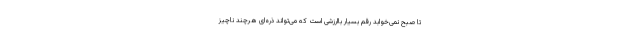
تا صبح نمی‌خوابد رقم بسیار باارزشی است که می‌تواند ذره‌ای هرچند ناچیز